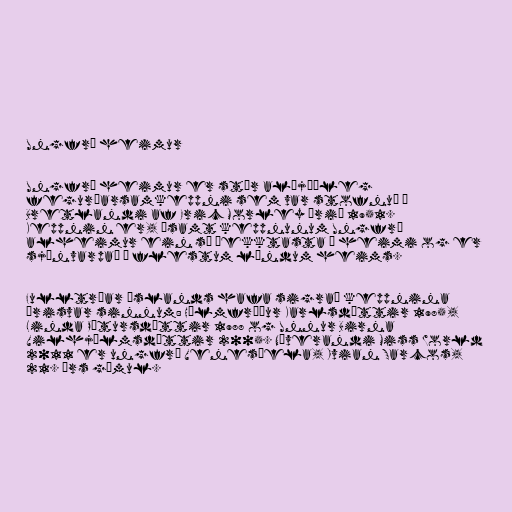
Ungfrú heimur

Ungfrú heimur er stór alþjóðleg
fegurðarsamkeppni sem var stofnuð í
Bretlandi af Eric Morley árið 1951.
Keppnin er, ásamt keppnunum Ungfrú
alheimur ein sú þekktasta í heimi og er
sjónvarpað í flestum löndum heims.

Fulltrúar Íslands hafa sigrað keppnina
þrisvar sinnum: Hólmfríður Karlsdóttir 1985,
Linda Pétursdóttir 1988 og Unnur Birna
Vilhjálmsdóttir 2005. Núverandi Miss World
2011 er ungfrú Venesúela, Ivian Sarcos,
21. árs gömul.